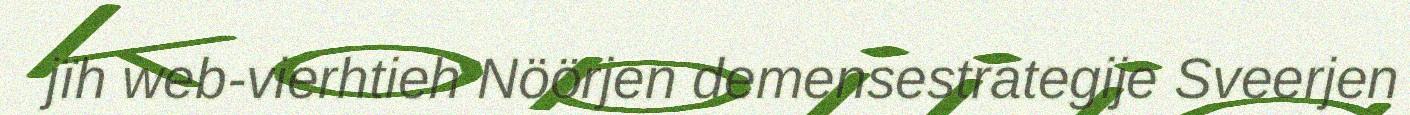
jïh web-vierhtieh Nöörjen demensestrategije Sveerjen